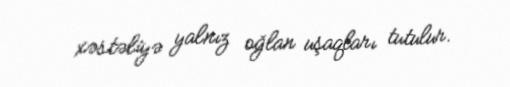
xəstəliyə yalnız oğlan uşaqları tutulur.